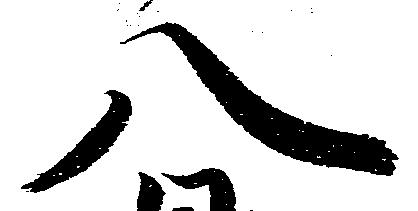
八